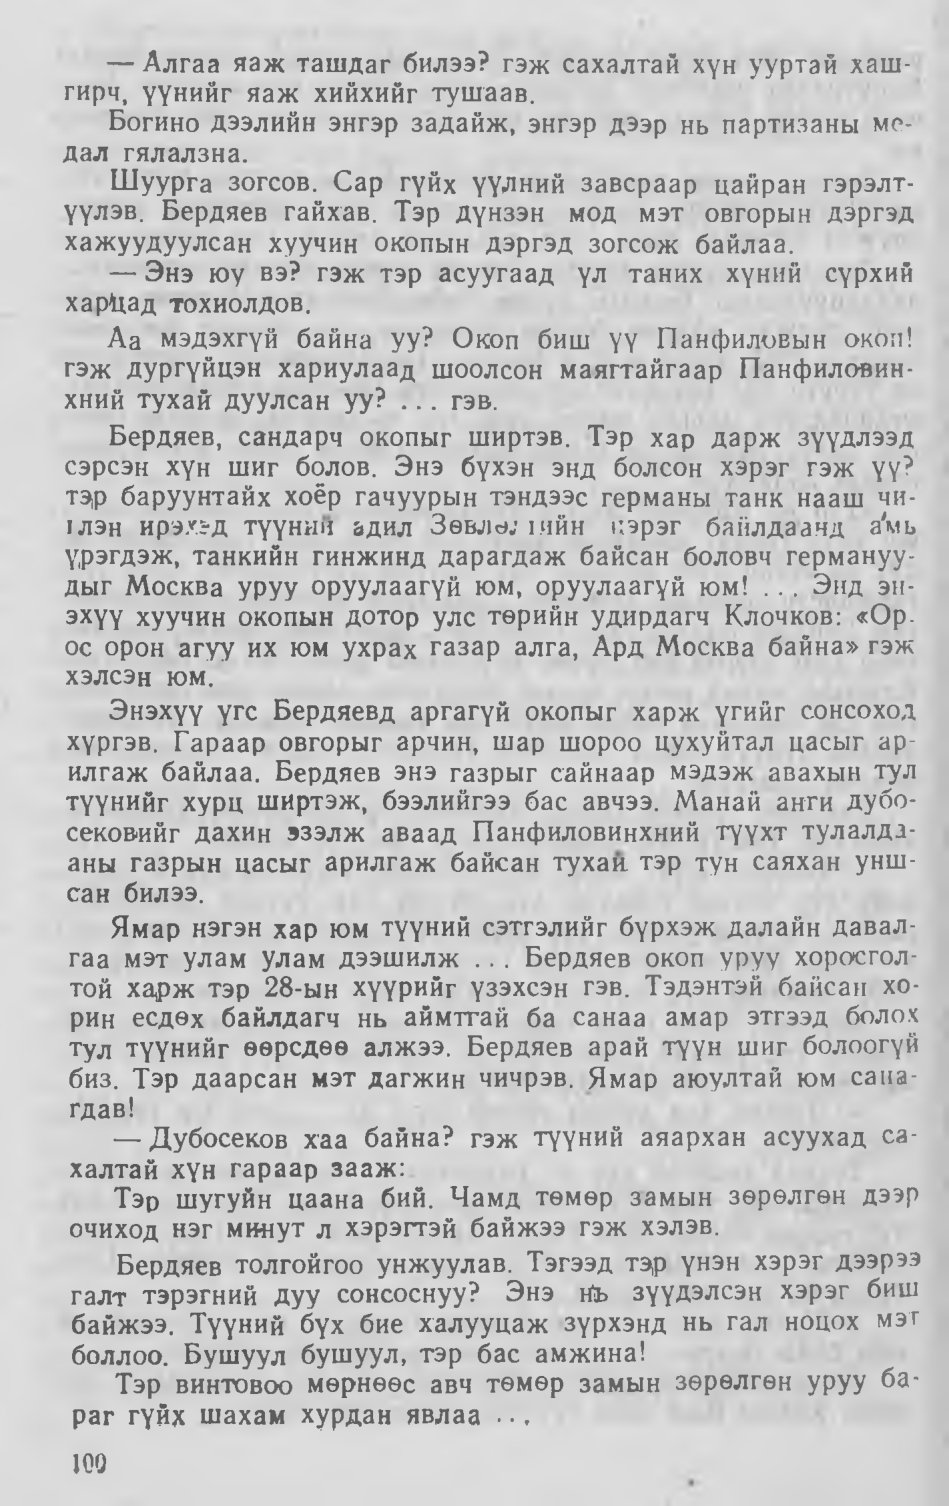
Language: mn